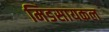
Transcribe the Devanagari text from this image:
मिडसायकल